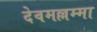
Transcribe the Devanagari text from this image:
देवमल्लम्मा